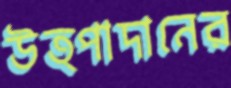
উত্পাদানের